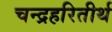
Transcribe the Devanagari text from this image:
चन्द्रहरितीर्थ